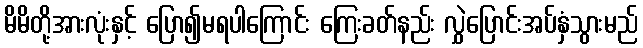
မိမိတို့အားလုံးနှင့် ပြော၍မရပါကြောင်း ကြေးခတ်နည်း လွှဲပြောင်းအပ်နှံသွားမည်